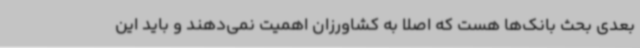
بعدی بحث بانک‌ها هست که اصلاً به کشاورزان اهمیت نمی‌دهند و باید این